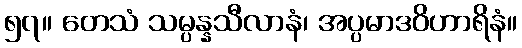
၅၇။ တေသံ သမ္ပန္နသီလာနံ၊ အပ္ပမာဒဝိဟာရိနံ။